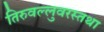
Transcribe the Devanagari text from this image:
तिरुवल्लुवरस्तथा